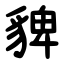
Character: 貏